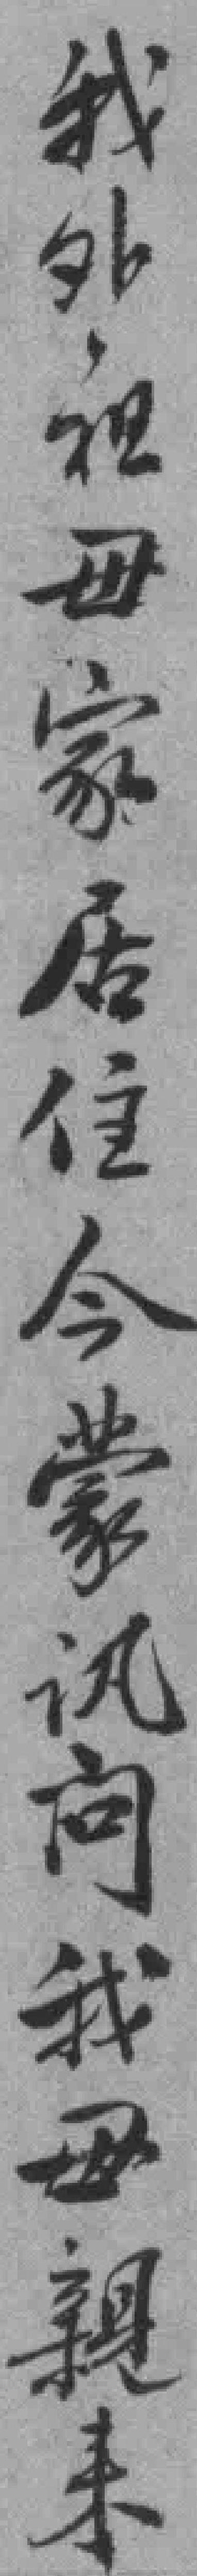
我外祖母家居住今蒙讯问我母親来